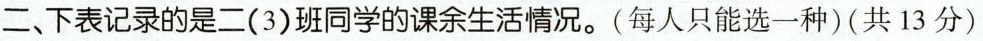
二、下表记录的是二(3)班同学的课余生活情况。(每人只能选一种)(共13分)